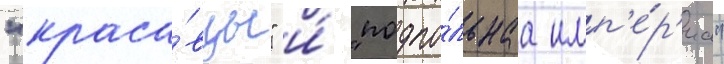
"краса́вцы" и́ "подпо́льнаа имп'е́р'иа"